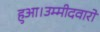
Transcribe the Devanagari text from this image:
हुआ।उम्मीदवारों